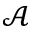
\mathcal { A }